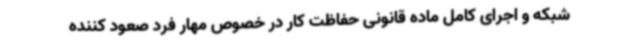
شبکه و اجرای کامل ماده قانونی حفاظت کار در خصوص مهار فرد صعود کننده